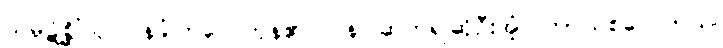
သမ္ပဋိစ္ဆိံသု၊ ဝန်ခံကြလေကုန်၏။ ပန၊ ဆက်၍ဆိုဦးအံ့။ တာယစဝေလာယ၊